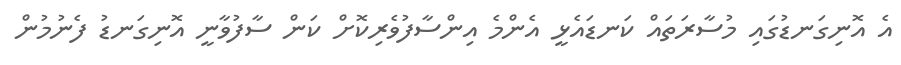
އެ އޮނިގަނޑުގައި މުސާރަތައް ކަނޑައެޅީ އެންމެ އިންސާފުވެރިކޮށް ކަން ސާފުވާނީ އޮނިގަނޑު ފެނުމުން